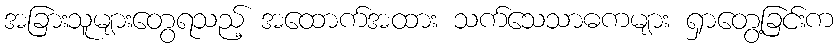
အခြားသူများတွေရသည့် အထောက်အထား သက်သေသာဓကများ ရှာတွေ့ခြင်းက